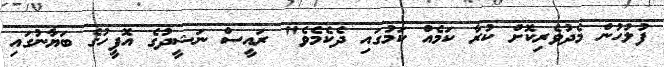
ފުލުހުން މެދުވެރިކޮށް ކުރާ ކަމެއް ކަމުގައި ދެކެމެވެ" ރައީސް ނަޝީދުގެ އޮފީހުގެ ބަޔާނުގައި